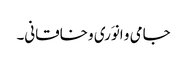
جامی و انوَری و خاقانی۔